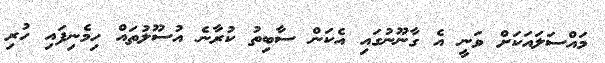
މައްސަލައަކަށް ވަނީ އެ ގާނޫނުގައި އެކަން ސާބިތު ކުރާނެ އުސޫލުތައް ހިމެނިފައި ހުރި